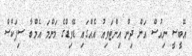
އޭބީސީ ނިއުސް އަށް ދިން އިންޓަވިއު އެއްގައި ޑޭވިޑްގެ މަންމަ އެމްބާ ސިޕަކްސް